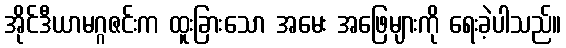
အိုင်ဒီယာမဂ္ဂဇင်းက ထူးခြားသော အမေး အဖြေများကို ရေးခဲ့ပါသည်။